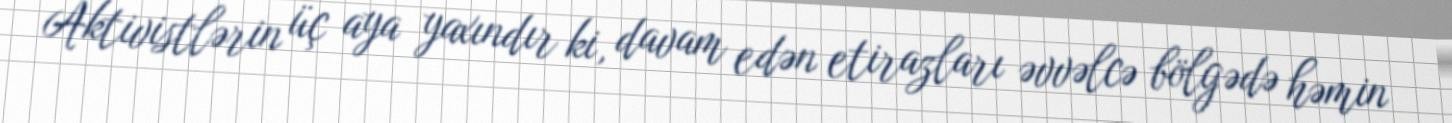
Aktivistlərin üç aya yaxındır ki, davam edən etirazları əvvəlcə bölgədə həmin